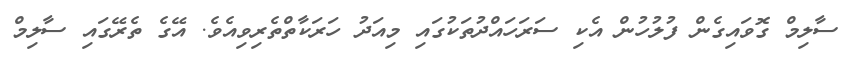
ސާލިމް ގޮވައިގެން ފުލުހުން އެކި ސަރަހައްދުތަކުގައި މިއަދު ހަރަކާތްތެރިވިއެވެ. އޭގެ ތެރޭގައި ސާލިމް